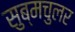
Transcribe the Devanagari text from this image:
सुब्मचुलर